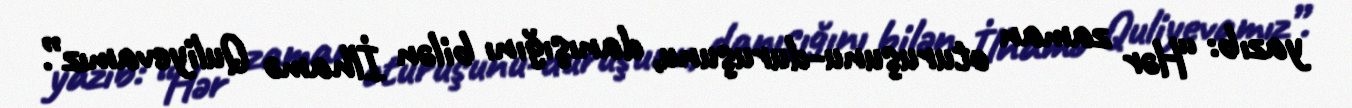
yazıb: “Hər zaman oturuşunu-duruşunu, danışığını bilən İlhamə Quliyevamız”.